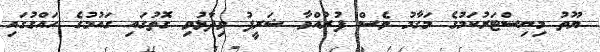
ޔޫތު މިނިސްޓަރުކަމުގެ މަގާމު ވެސް ފުރުއްވާ ޝަރީފު ވިދާޅުވި ގޮތުގައި ގައުމުގެ ހައްގުގައި